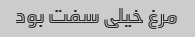
مرغ خیلی سفت بود